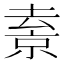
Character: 𠬇